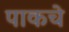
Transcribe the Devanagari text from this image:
पाकचे